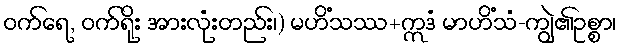
ဝက်ရေ, ဝက်ရိုး အားလုံးတည်း၊) မဟိံသဿ+ဣဒံ မာဟိံသံ-ကျွဲ၏ဥစ္စာ၊